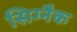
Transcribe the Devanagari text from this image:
सिग्‍नैक